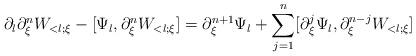
LaTeX: \begin{align*}\partial_l \partial_\xi^{n} W_{<l;\xi} - [\Psi_{l}, \partial_\xi^{n} W_{<l;\xi}]= \partial_\xi^{n+1} \Psi_l + \sum_{j=1}^{n}[\partial_\xi^j \Psi_l, \partial_\xi^{n-j} W_{<l;\xi}]\end{align*}